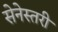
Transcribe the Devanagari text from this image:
सेनेस्तरी